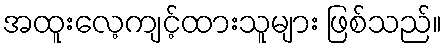
အထူးလေ့ကျင့်ထားသူများ ဖြစ်သည်။